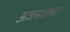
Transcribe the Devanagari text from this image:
अजमलच्या